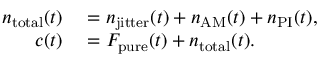
\begin{array} { r l } { n _ { \mathrm { t o t a l } } ( t ) } & { { } = n _ { \mathrm { j i t t e r } } ( t ) + n _ { \mathrm { A M } } ( t ) + n _ { \mathrm { P I } } ( t ) , } \\ { c ( t ) } & { { } = F _ { \mathrm { p u r e } } ( t ) + n _ { \mathrm { t o t a l } } ( t ) . } \end{array}